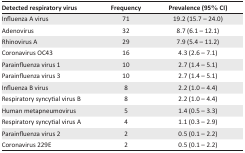
<table><thead><tr><td><b>Detected respiratory virus</b></td><td><b>Frequency</b></td><td><b>Prevalence (95% CI)</b></td></tr></thead><tbody><tr><td>Influenza A virus</td><td>71</td><td>19.2 (15.7 – 24.0)</td></tr><tr><td>Adenovirus</td><td>32</td><td>8.7 (6.1 – 12.1)</td></tr><tr><td>Rhinovirus A</td><td>29</td><td>7.9 (5.4 – 11.2)</td></tr><tr><td>Coronavirus OC43</td><td>16</td><td>4.3 (2.6 – 7.1)</td></tr><tr><td>Parainfluenza virus 1</td><td>10</td><td>2.7 (1.4 – 5.1)</td></tr><tr><td>Parainfluenza virus 3</td><td>10</td><td>2.7 (1.4 – 5.1)</td></tr><tr><td>Influenza B virus</td><td>8</td><td>2.2 (1.0 – 4.4)</td></tr><tr><td>Respiratory syncytial virus B</td><td>8</td><td>2.2 (1.0 – 4.4)</td></tr><tr><td>Human metapneumovirus</td><td>5</td><td>1.4 (0.5 – 3.3)</td></tr><tr><td>Respiratory syncytial virus A</td><td>4</td><td>1.1 (0.3 – 2.9)</td></tr><tr><td>Parainfluenza virus 2</td><td>2</td><td>0.5 (0.1 – 2.2)</td></tr><tr><td>Coronavirus 229E</td><td>2</td><td>0.5 (0.1 – 2.2)</td></tr></tbody></table>